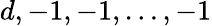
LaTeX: d,-1,-1,\dots,-1